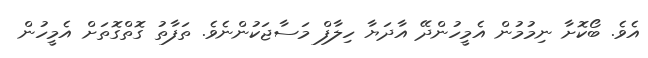
އެވެ. ބޯކޮށާ ނިމުމުން އެމީހުންދޭ އާދަޔާ ހިލާފް މަސާޖަކުންނެވެ. ތަފާތު ގޮތްގޮތަށް އެމީހުން